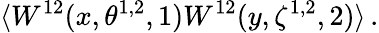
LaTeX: \langle W^{12}(x,\theta^{1,2},1)W^{12}(y,\zeta^{1,2},2)\rangle\, .